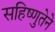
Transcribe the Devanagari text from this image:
सहिष्णुतेने